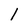
Character: l